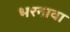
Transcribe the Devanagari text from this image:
भरनावा